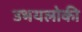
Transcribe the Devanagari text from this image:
उभयलोकी